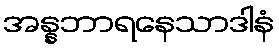
အန္နဘာရနေသာဒါနံ